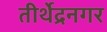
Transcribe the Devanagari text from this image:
तीर्थेद्रनगर